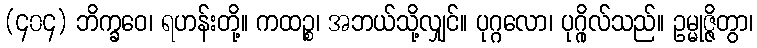
(၄၀၄) ဘိက္ခဝေ၊ ရဟန်းတို့။ ကထဉ္စ၊ အဘယ်သို့လျှင်။ ပုဂ္ဂလော၊ ပုဂ္ဂိုလ်သည်။ ဥမ္မုဇ္ဇိတွာ၊